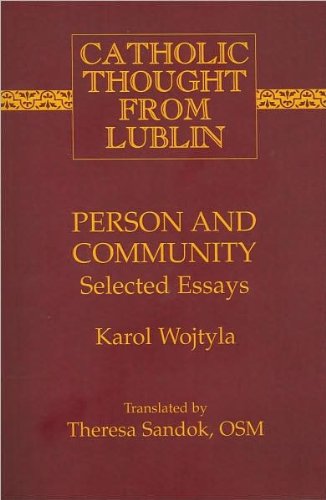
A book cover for Person and Community: Selected Essays (Catholic Thought from Lublin); Karol Wojtyla; Christian Books & Bibles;